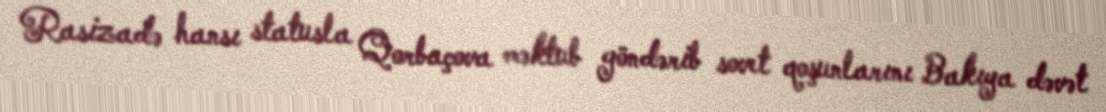
Rasizadə hansı statusla Qorbaçova məktub göndərib sovet qoşunlarını Bakıya dəvət